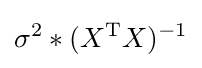
\sigma ^{2}*(X^{\operatorname {T} }X)^{-1}